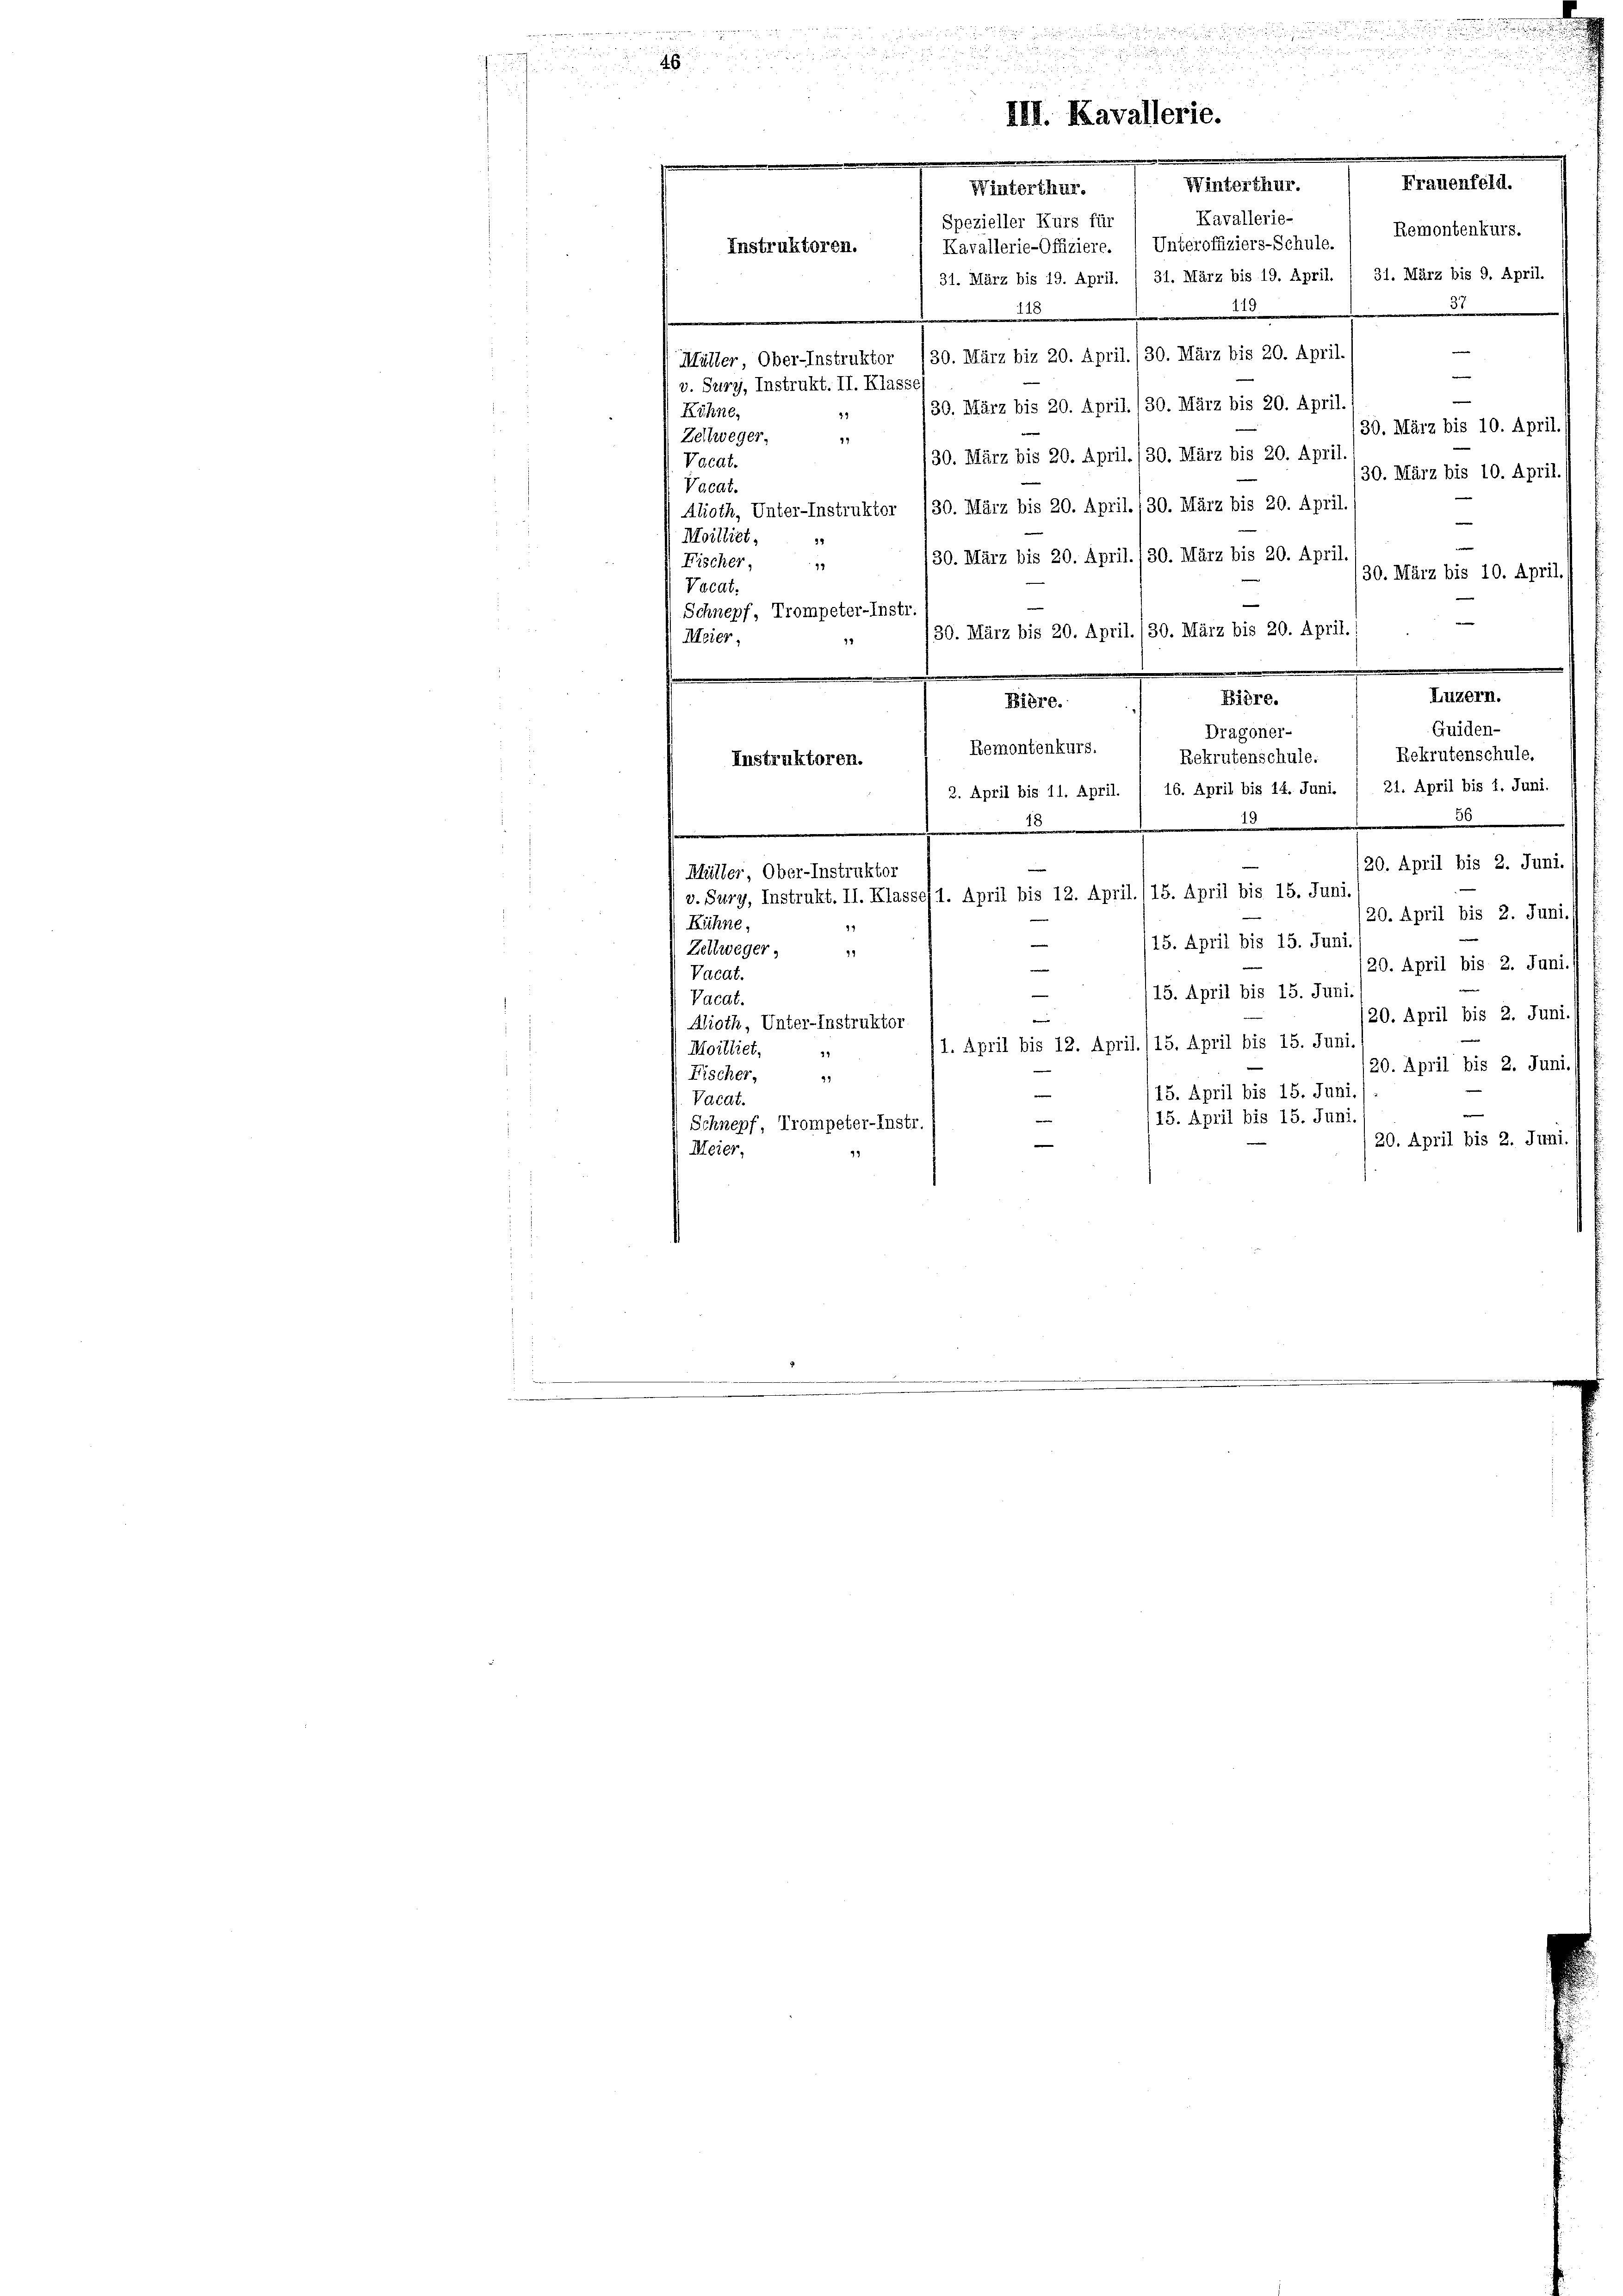
1
d
e

Frauenfeld.
Winterthur.
Kavallerie-
Spezieller Kurs für
Kavallerie-Offiziere. , Unteroffiziers-Schule.
31. März bis 19. April. / 31. März bis 19. April. / 31. März bis 9. April.
2
32
115
—
(Müller, Ober-Instruktor (30. März biz 20. April./30. März bis 20. April.
e
v. Sury, Instrukt. II. Klasse
e
30. März bis 20. April. 130. März bis 20. April
Köhne,
49
30. März bis 10. April./
Zeltweger,
79
/30. März bis 20. April. 130. März bis 20. April.
Vacat.
/30. März bis 10. April.
Vacat.
Alioth, Unter-Instruktor /30. März bis 20. April./30. März bis 20. April.
|
Moilliet,
30. März bis 20. April./30. März bis 20. April.
Fischer,
19
30. März bis 10. April. 1
Vacat.
Schnepf, Trompeter-Instr.
30. März bis 20. April. (30. März bis 20. April.
Meier,

.
Luzern.
Biere.
Biere.
Guiden-
Dragoner-
Remontenkurs.
Rekrutenschule.
Rekrutenschule.
Instruktoren.
2. April bis 11. April. / 16. April bis 14. Juni. / 21. April bis 1. Juni.
36
.
1
120. April bis 2. Juni.
Müller Ober-Instruktor
 v. Sury, Instrukt. II. Klasse, 1. April bis 12. April./15. April bis 15. Juni.
120. April bis 2. Juni. s
Kühne,
14
s
Zeltweger,
19
115. April bis 15. Jun. April bis 2. Junii s
e
Vacat.
—
15. April bis 15. Juni
Vacat.
20. April bis 2. Juni.
e
Alioth, Unter-Instruktor
1. April bis 12. April. (15. April bis 15. Juni
Moilliet,
9
/20. April bis 2. Juni.
Fischer,
99
15. April bis 15. Juni.
Vacat.
15. April bis 15. Juni.
Schnepf, Trompeter-Instr.
20. April bis 2. Juni.
Meier,

Instruktoren.

III. Kavallerie.

Winterthur.

Remontenkurs.

d